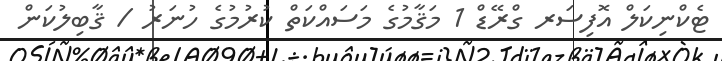
ޓެކްނިކަލް އޮފިސަރ ގްރޭޑް 1 މަޤާމުގެ މަސައްކަތް ކުރުމުގެ ހުނަރު / ޤާބިލުކަން